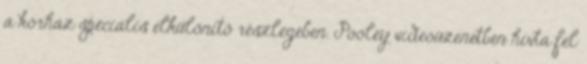
a kórház speciális elkülönítő részlegében. Pooley videóüzenetben hívta fel